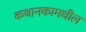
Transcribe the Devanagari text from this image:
कथानकामधील